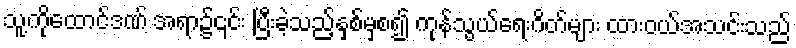
သူ့ကိုထောင်ဒဏ် အရာ၌၎င်း ပြီးခဲ့သည့်နှစ်မှစ၍ ကုန်သွယ်ရေးဂိတ်များ ထားဝယ်အသင်းသည်